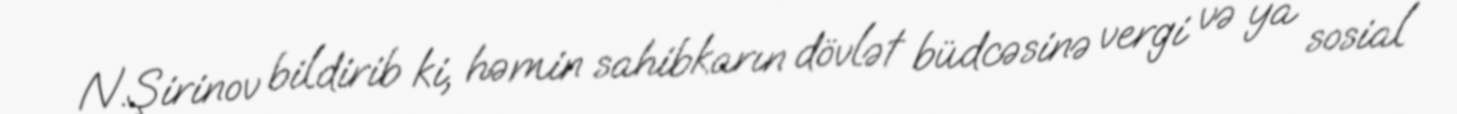
N.Şirinov bildirib ki, həmin sahibkarın dövlət büdcəsinə vergi və ya sosial